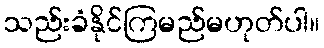
သည်းခံနိုင်ကြမည်မဟုတ်ပါ။